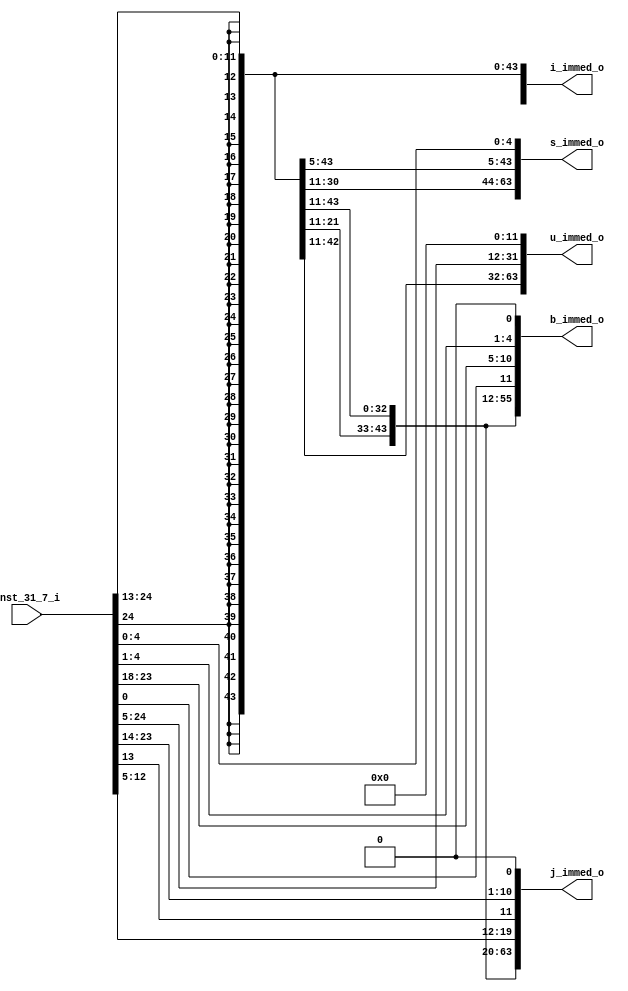
// This program was cloned from: https://github.com/Peter-Herrmann/Lucid64
// License: Apache License 2.0

///////////////////////////////////////////////////////////////////////////////////////////////////
//                                                                                               //
// Module Name: immediate_gen                                                                    //
// Description: Immediate value generator                                                        //
//                                                                                               //
// SPDX-License-Identifier: Apache-2.0                                                           //
//                                                                                               //
///////////////////////////////////////////////////////////////////////////////////////////////////

module immediate_gen (
    input      [31:7] inst_31_7_i,
    
    output reg [63:0] i_immed_o,
    output reg [63:0] s_immed_o,
    output reg [63:0] b_immed_o,
    output reg [63:0] u_immed_o,
    output reg [63:0] j_immed_o
);

    always @(inst_31_7_i) begin
        i_immed_o = { { 52{inst_31_7_i[31]} }, 
                        inst_31_7_i[31:20] } ;

        s_immed_o = { { 52{inst_31_7_i[31]} }, 
                        inst_31_7_i[31:25], 
                        inst_31_7_i[11:7]};

        b_immed_o = { { 51{inst_31_7_i[31]} }, 
                        inst_31_7_i[31], 
                        inst_31_7_i[7], 
                        inst_31_7_i[30:25], 
                        inst_31_7_i[11:8], 
                        1'b0};

        u_immed_o = { { 32{inst_31_7_i[31]} }, 
                        inst_31_7_i[31:12], 
                        12'b0};

        j_immed_o = { { 43{inst_31_7_i[31]} }, 
                        inst_31_7_i[31], 
                        inst_31_7_i[19:12], 
                        inst_31_7_i[20], 
                        inst_31_7_i[30:21], 
                        1'b0};
    end

endmodule


///////////////////////////////////////////////////////////////////////////////////////////////////
////   Copyright 2024 Peter Herrmann                                                           ////
////                                                                                           ////
////   Licensed under the Apache License, Version 2.0 (the "License");                         ////
////   you may not use this file except in compliance with the License.                        ////
////   You may obtain a copy of the License at                                                 ////
////                                                                                           ////
////       http://www.apache.org/licenses/LICENSE-2.0                                          ////
////                                                                                           ////
////   Unless required by applicable law or agreed to in writing, software                     ////
////   distributed under the License is distributed on an "AS IS" BASIS,                       ////
////   WITHOUT WARRANTIES OR CONDITIONS OF ANY KIND, either express or implied.                ////
////   See the License for the specific language governing permissions and                     ////
////   limitations under the License.                                                          ////
///////////////////////////////////////////////////////////////////////////////////////////////////